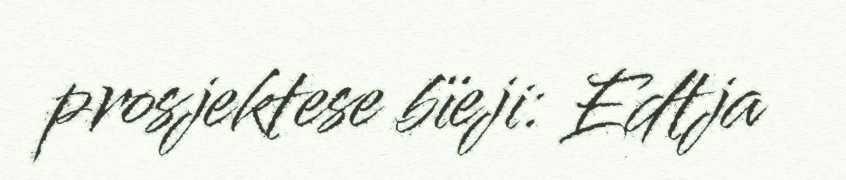
prosjektese bïeji: Edtja